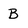
Character: B